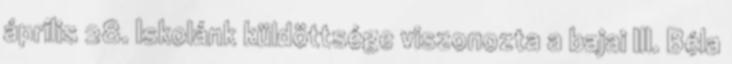
április 28. Iskolánk küldöttsége viszonozta a bajai III. Béla